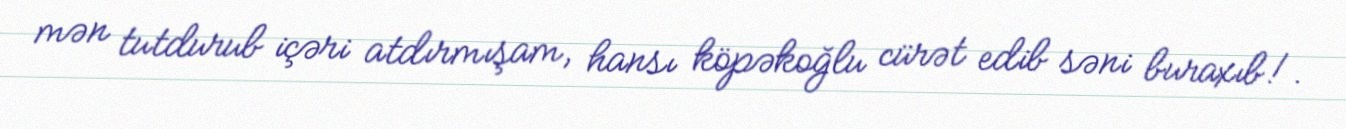
mən tutdurub içəri atdırmışam, hansı köpəkoğlu cürət edib səni buraxıb!.